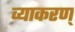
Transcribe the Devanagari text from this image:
व्याकरण्